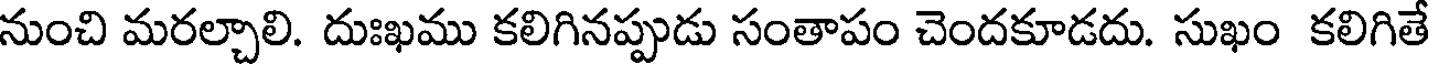
నుంచి మరల్చాలి. దుఃఖము కలిగినప్పుడు సంతాపం చెందకూడదు. సుఖం కలిగితే